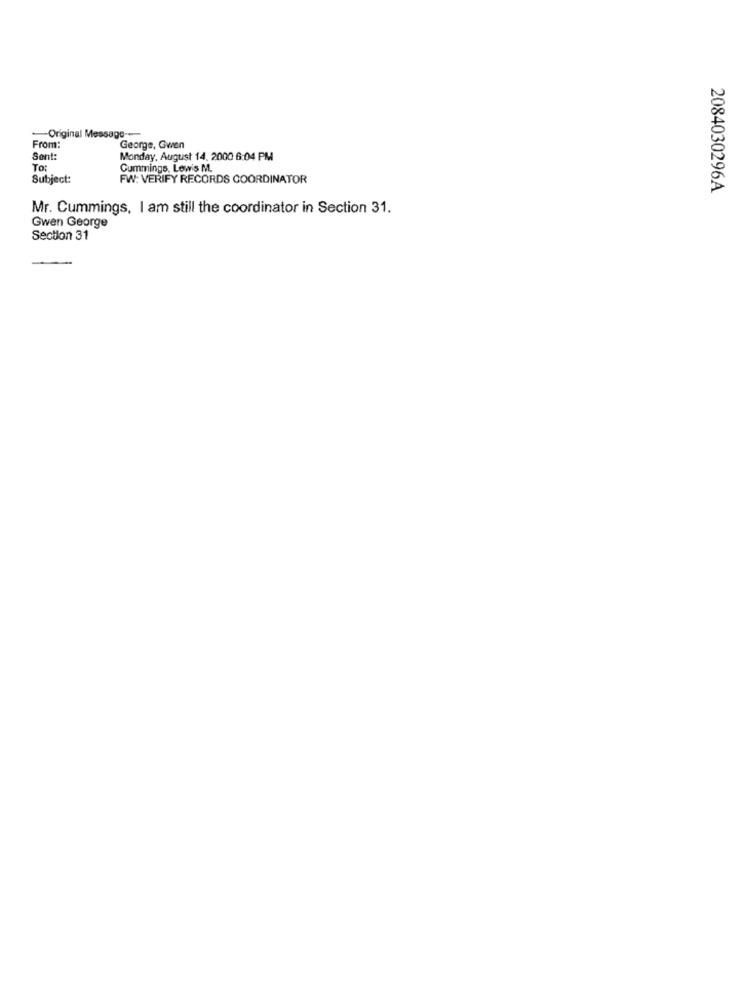
Original Message --
From:
George, Gwen
Sent:
Monday, August 14, 2000 6:04 PM
To:
Cummings, Lewis M.
Subject:
FW: VERIFY RECORDS COORDINATOR
2084030296A
Mr. Cummings, I am still the coordinator in Section 31.
Gwen George
Section 31